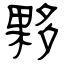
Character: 夥